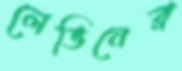
লেভিনের